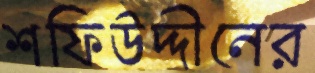
শফিউদ্দীনের